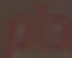
عام